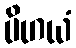
ပိဟယံ